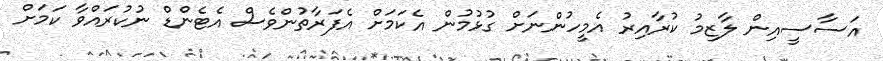
އަސާސީއިން ލާޒިމު ކުރާއިރު އެމީހުންނަށް ގުޅުމުން އެކަމަށް އެފަރާތުންވެސް އެޓެންޑް ނުކުރައްވާ ކަމަށް